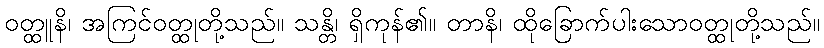
ဝတ္ထူနိ၊ အကြင်ဝတ္ထုတို့သည်။ သန္တိ၊ ရှိကုန်၏။ တာနိ၊ ထိုခြောက်ပါးသောဝတ္ထုတို့သည်။